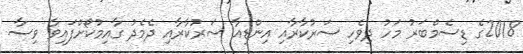
2018ގެ ޑިސެމްބަރު މަހު ދިވެހި ސަރުކާރާއި އިންޑިއާ ސަރުކާރާއި ދެމެދު ގާއިމުކޯށްފައިވާ ވިސާ